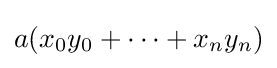
{\textstyle a(x_{0}y_{0}+\dots +x_{n}y_{n})}